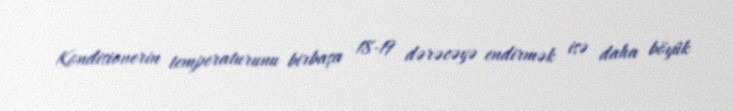
Kondisionerin temperaturunu birbaşa 18-19 dərəcəyə endirmək isə daha böyük